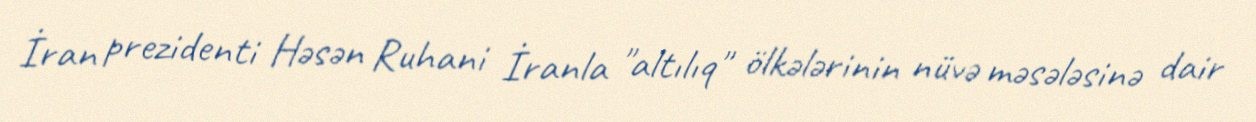
İran prezidenti Həsən Ruhani İranla "altılıq" ölkələrinin nüvə məsələsinə dair